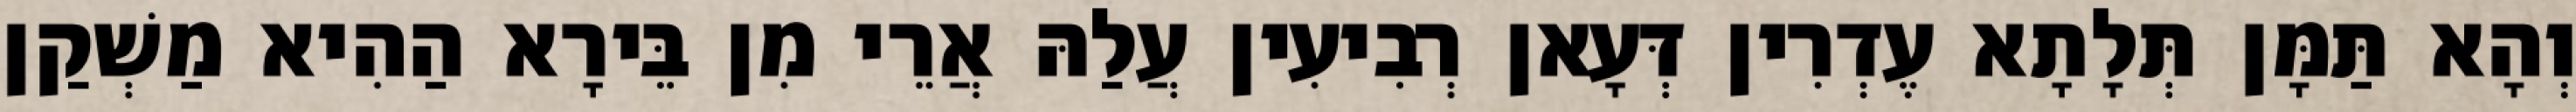
וְהָא תַּמָּן תְּלָתָא עֶדְרִין דְּעָאן רְבִיעִין עֲלַהּ אֲרֵי מִן בֵּירָא הַהִיא מַשְׁקַן